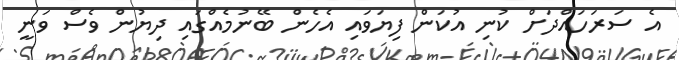
އެ ސަރަހައްދަށް ކުނި އުކަން ފިޔަވައި އެހެން ބޭނުމެއްގައި ދިޔުން ވެސް ވަނީ